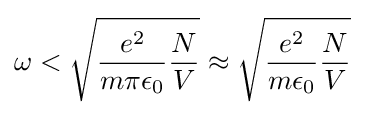
\omega <{\sqrt {{\frac {e^{2}}{m\pi \epsilon _{0}}}{\frac {N}{V}}}}\approx {\sqrt {{\frac {e^{2}}{m\epsilon _{0}}}{\frac {N}{V}}}}